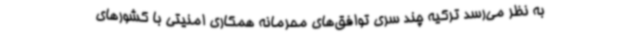
به نظر می‌رسد ترکیه چند سری توافق‌های محرمانه همکاری امنیتی با کشورهای